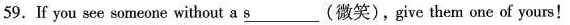
59. If you see someone without a \underline{s}(微笑),give them one of yours!